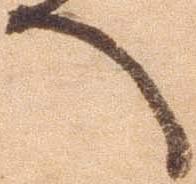
へ